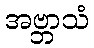
အဗ္ဘာသံ